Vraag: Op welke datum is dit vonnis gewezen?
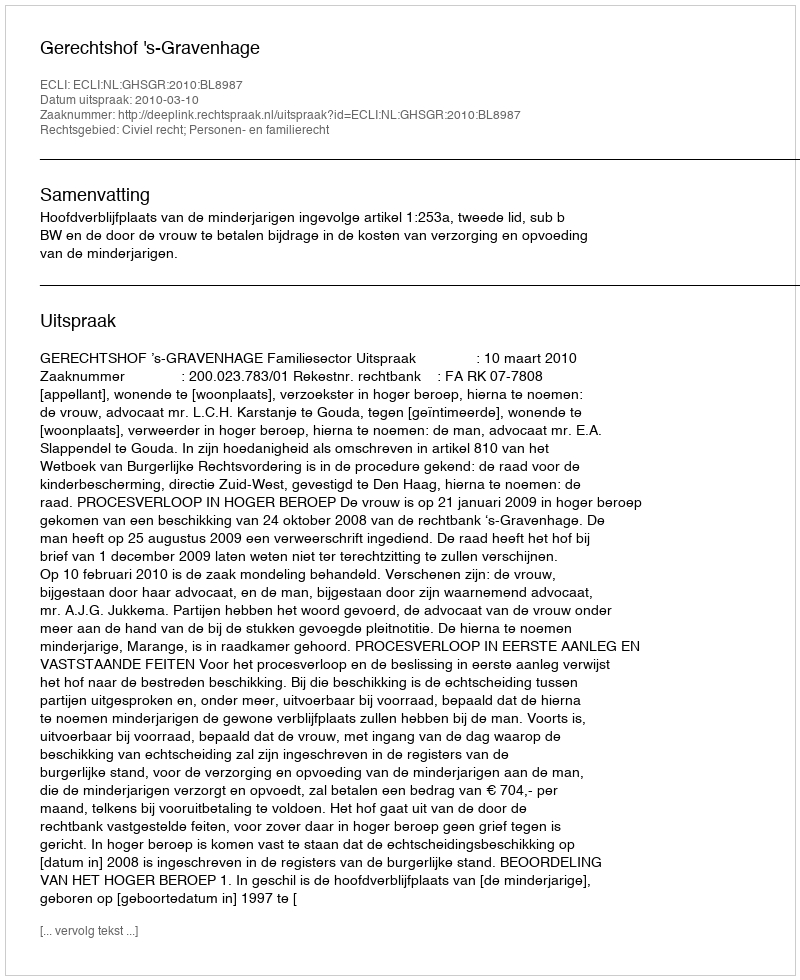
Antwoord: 2010-03-10